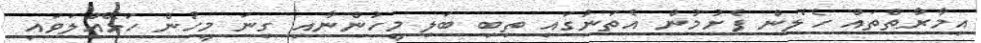
އިމާރާތްތައް ހެލެން ފެށުމުން އެތަނުގައި ތިބި ބަލި މީހުންނާއި ގިނަ މީހުން ހަޅޭއްލަވައި